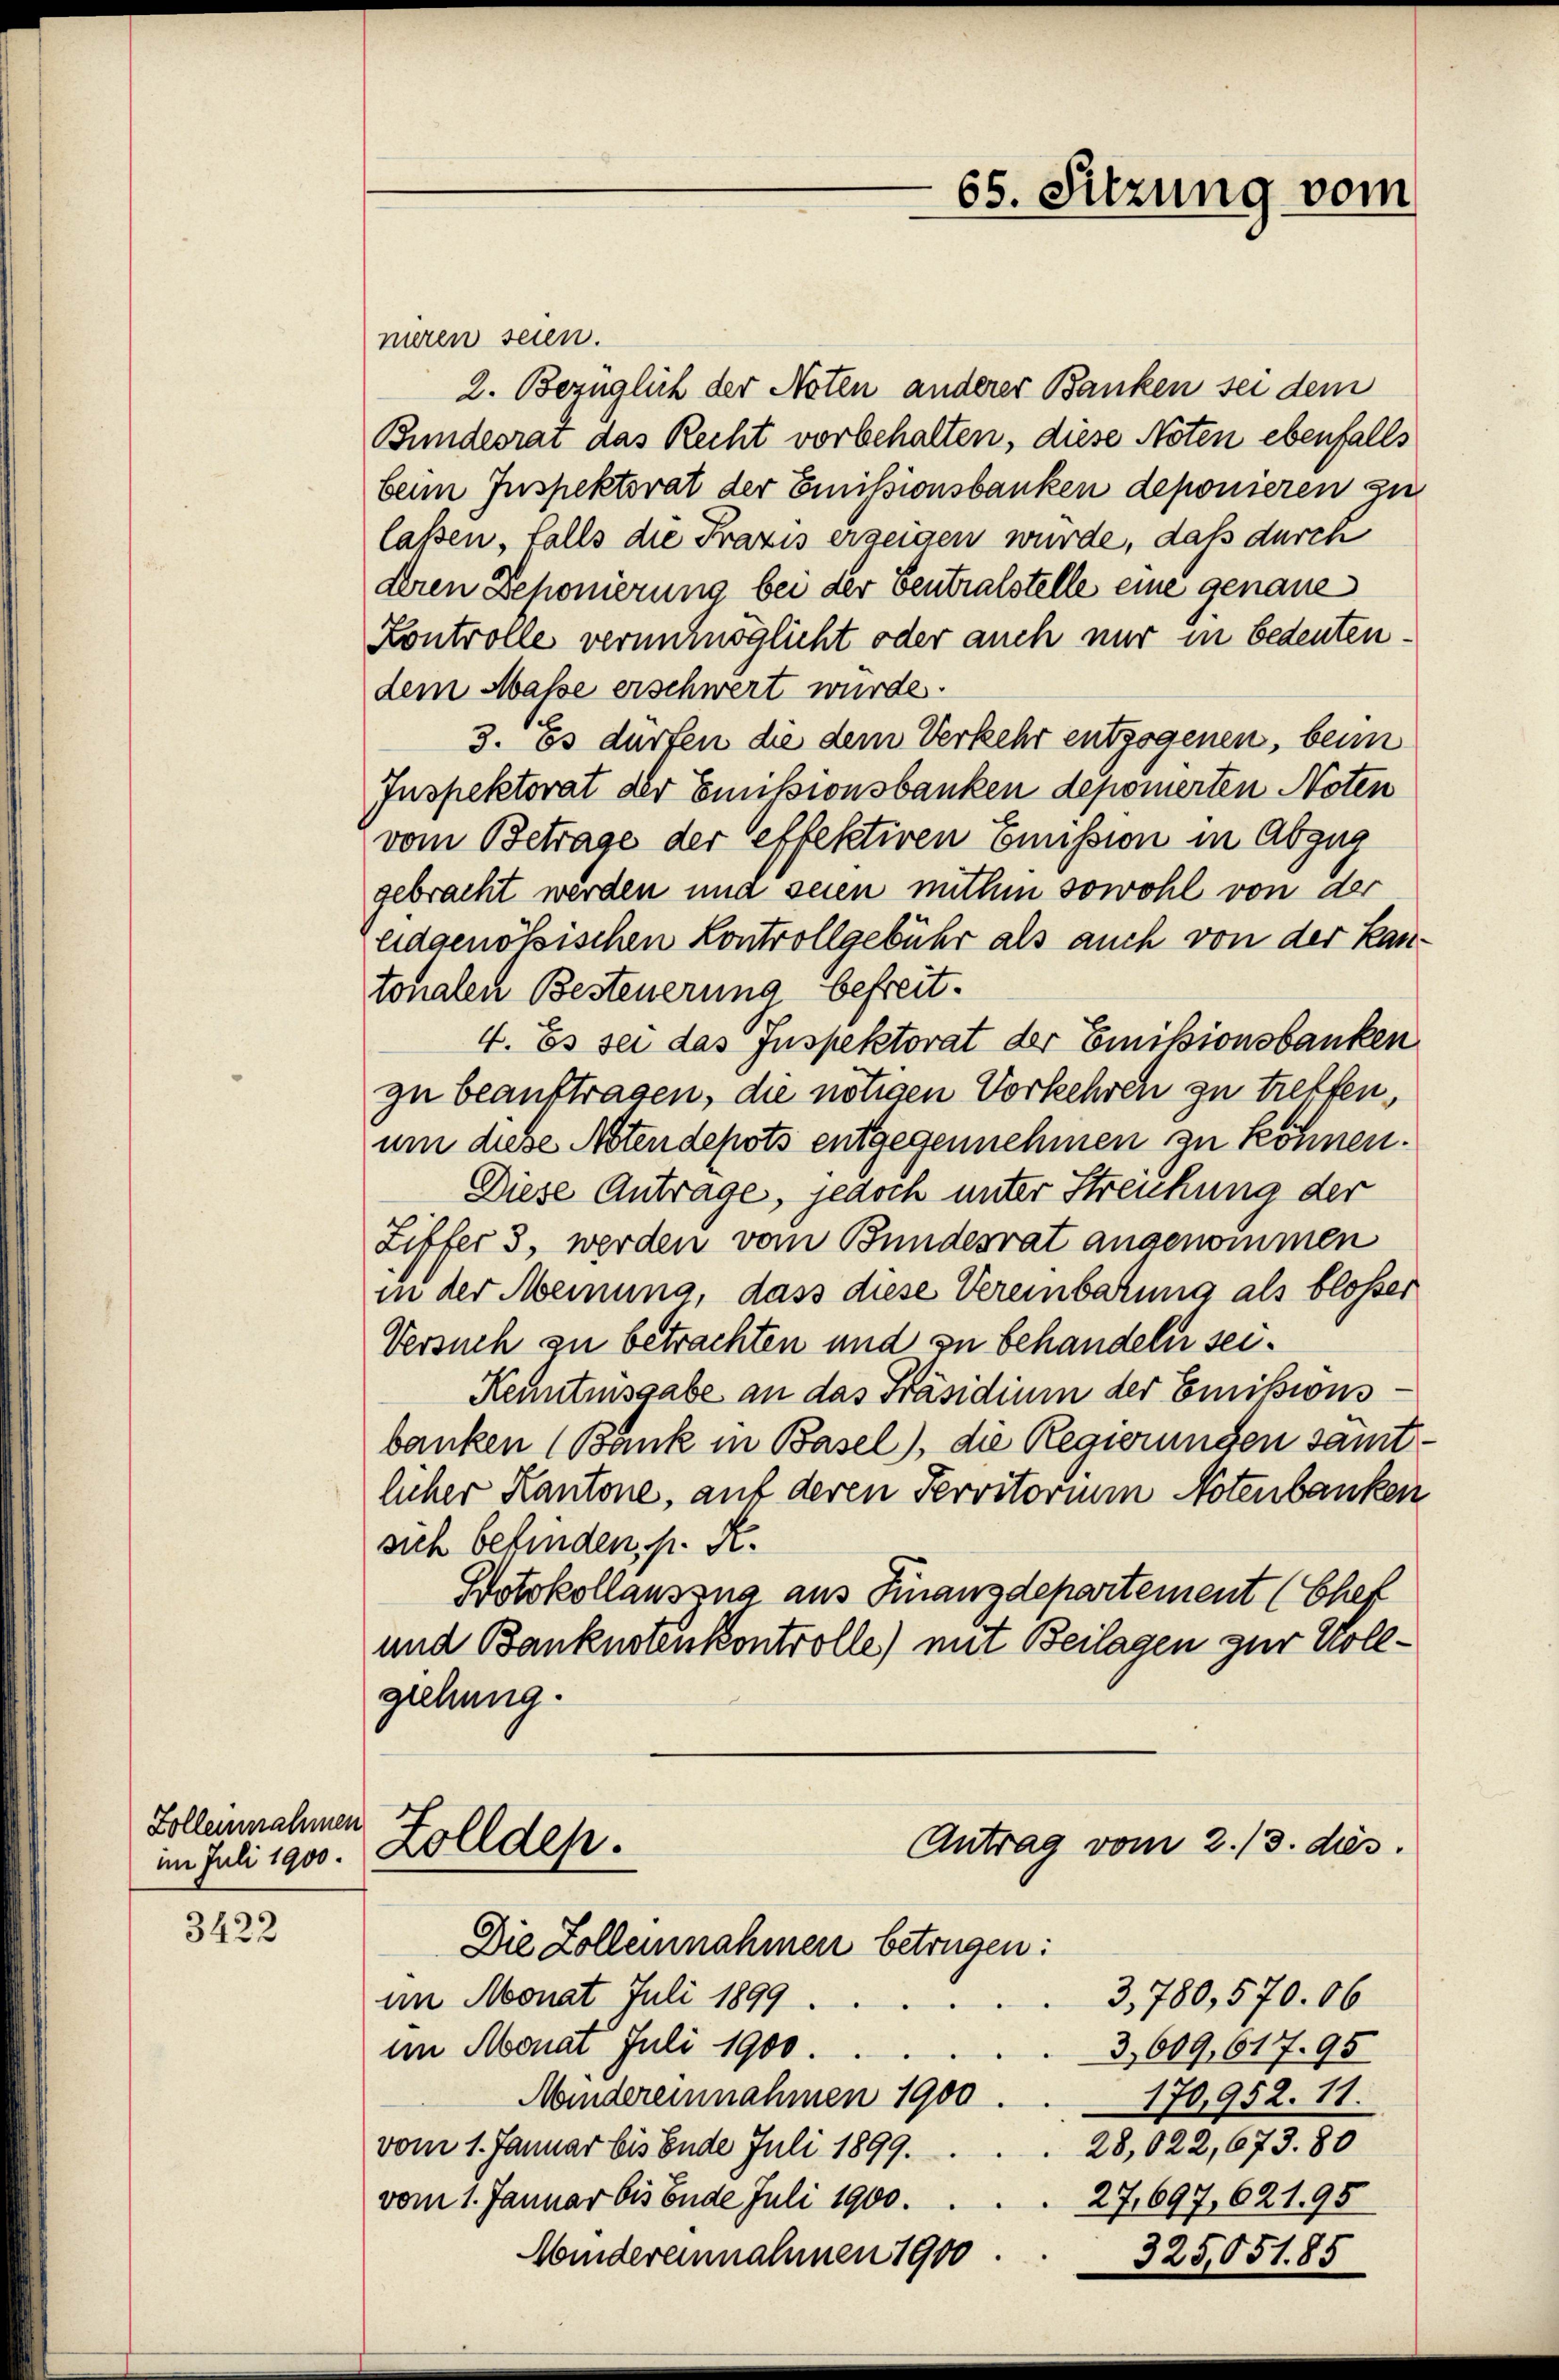
65. Sitzung vom

niren seien.
2. Bezüglich der Noten anderer Banken sei dem
Bundesrat das Recht vorbehalten, diese Noten ebenfalls
beim Inspektorat der Emissionsbanken deponieren zu
lassen, falls die Praxis erzeigen wurde, daß durch
deren Schonierung bei der Centralstelle eine genaue
Kontrolle verunmöglicht oder auch nur in bedeutendem Masse erschwert wurde.
3. es dürfen die dem Verkehr entzogenen, beim
Inspektorat der Emissionsbanken deponierten Noten
vom Betrage der effektiven Emission in Abzug
gebracht werden und seien mithin sowohl von der
eidgenössischen Kontrollgebühr als auch von der Kantonalen Besteuerung befreit.
4. Es sei das Inspektorat der Emissionsbanken
zu beauftragen, die nötigen Vorkehren zu treffen,
um diese Notendepots entgegennehmen zu können.
Diese Antrage, jedoch unter Streichung der
Liffer 3, werden vom Bundesrat angenommen
in der Meinung dass diese Vereinbarung als bloßer
Versuch zu betrachten und zu behandeln sei.
Kenntnisgabe an das Präsidium der Emissionsbanken (Bank in Basel), die Regierungen sämtlicher Kantone, auf deren Perritorium Notenbanken
sich befinden, s. R.
Potokollauszug aus Finanzdepartement (Chef
und Banknotenkontrolle) mit Beilagen zur Vollgiehung.
Antrag vom 2./3. dies
Zolldep.

Die Zolleinahmen betrügen:

Zollennahmen
im Juli 1900.

im Monat Juli 1899
im Monat Juli 1900.
3,609,617. 95
Mandereinnahmen 1900
170,952. 11.
28,022, 673. 80
vom 1. Januar bis Ende Juli 1899.
27,697, 621. 95
vom 1. Januar bis Ende Juli 1900.
Mindereinnahmen 1900
325,051. 85

3422

3,780,570. 06